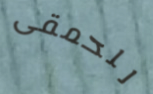
للحمقى